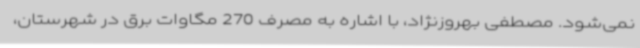
نمی‌شود. مصطفی بهروزنژاد، با اشاره به مصرف 270 مگاوات برق در شهرستان،